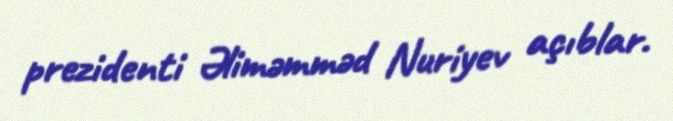
prezidenti Əliməmməd Nuriyev açıblar.